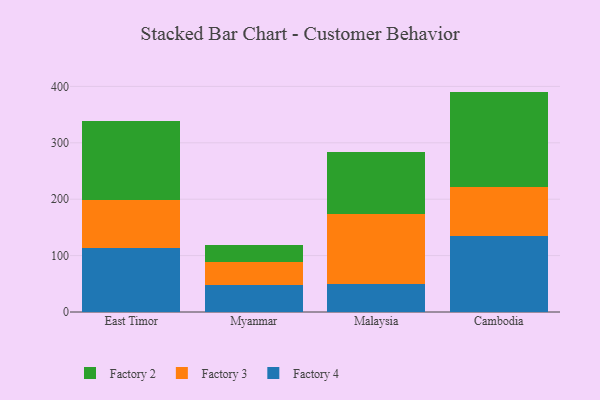
{"axis": {"x": "Country", "y": "Gross Profit (USD K)"}, "legend": ["Factory 2", "Factory 3", "Factory 4"], "data": [{"x": "East Timor", "y": 113.5, "type": "Factory 4"}, {"x": "East Timor", "y": 85.5, "type": "Factory 3"}, {"x": "East Timor", "y": 139.3, "type": "Factory 2"}, {"x": "Myanmar", "y": 47.8, "type": "Factory 4"}, {"x": "Myanmar", "y": 40.9, "type": "Factory 3"}, {"x": "Myanmar", "y": 29.6, "type": "Factory 2"}, {"x": "Malaysia", "y": 48.8, "type": "Factory 4"}, {"x": "Malaysia", "y": 124.4, "type": "Factory 3"}, {"x": "Malaysia", "y": 110.6, "type": "Factory 2"}, {"x": "Cambodia", "y": 134.7, "type": "Factory 4"}, {"x": "Cambodia", "y": 86.2, "type": "Factory 3"}, {"x": "Cambodia", "y": 169.9, "type": "Factory 2"}]}